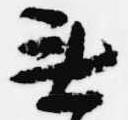
無